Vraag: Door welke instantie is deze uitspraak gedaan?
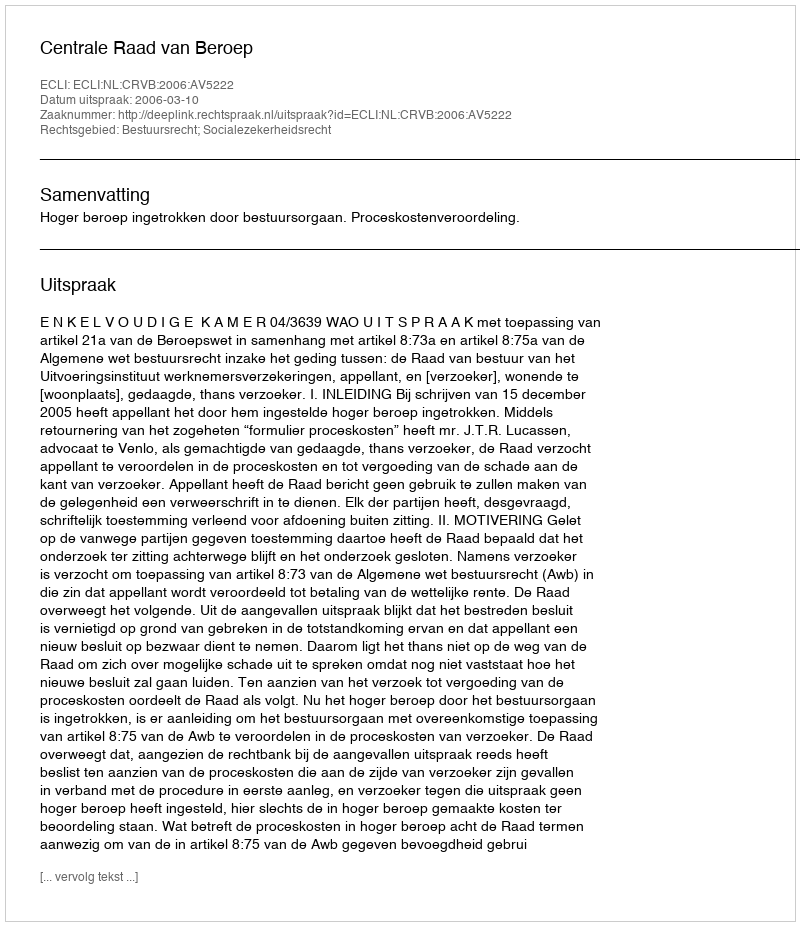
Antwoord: Centrale Raad van Beroep